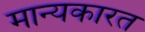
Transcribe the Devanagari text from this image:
मान्यकारत